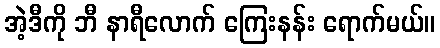
အဲ့ဒီကို ဘီ နာရီလောက် ကြေးနန်း ရောက်မယ်။